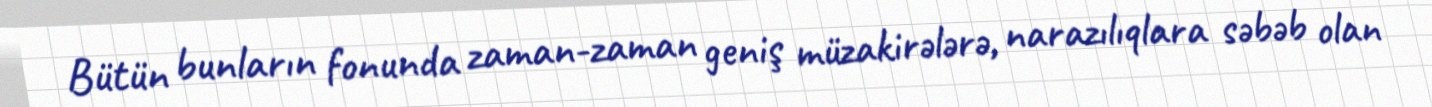
Bütün bunların fonunda zaman-zaman geniş müzakirələrə, narazılıqlara səbəb olan